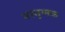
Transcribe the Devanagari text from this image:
नरयुग्मक